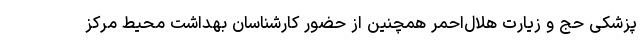
پزشکی حج و زیارت هلال‌احمر همچنین از حضور کارشناسان بهداشت محیط مرکز